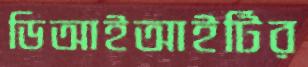
ডিআইআইটির